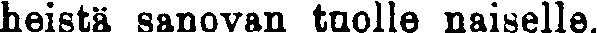
heistä sanovan tuolle naiselle.